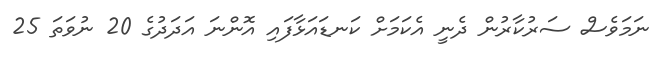
ނަމަވެސް ސަރުކާރުން ދެނީ އެކަމަށް ކަނޑައަޅާފައި އޮންނަ އަދަދުގެ 20 ނުވަތަ 25